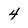
Character: 4